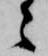
々